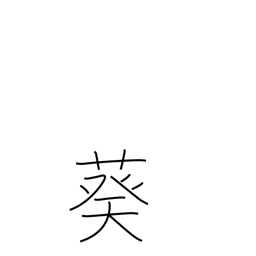
Meaning: hollyhock